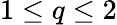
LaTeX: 1\le q\le 2